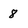
Character: 8